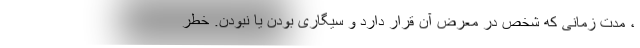
، مدت زمانی که شخص در معرض آن قرار دارد و سیگاری بودن یا نبودن. خطر